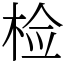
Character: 检